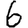
Digit: 6